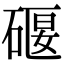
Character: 𥔌